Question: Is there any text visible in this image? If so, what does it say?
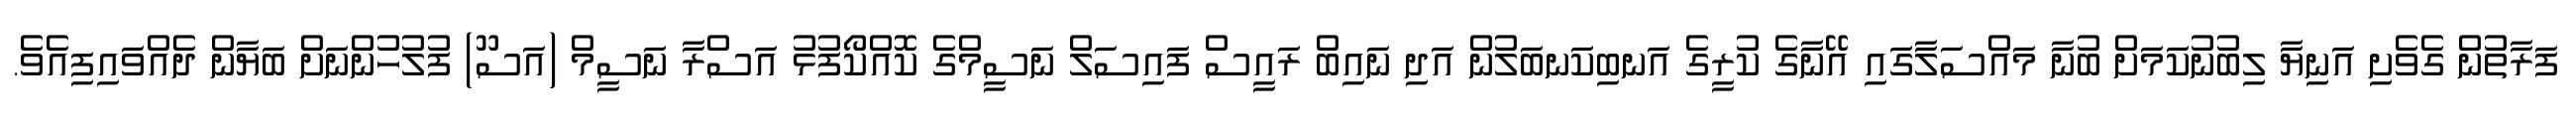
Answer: ފަރާތުން ގެވެށި އަނިޔާ ލިބުނުކަމަށް ބުނާ މައްސަލާގައި އޭނާގެ ކުރީގެ އަނބިކަނބަލުން އަދި ނައިބް ރައީސް ފައިސަލް ނަސީމްގެ ކޮއްކޯފުޅު އަސްރާ ނަސީމް (އަސޫ) ފުލުހުންނަށް ބަޔާން ދެއްވައިފިއެވެ.